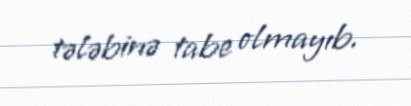
tələbinə tabe olmayıb.